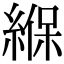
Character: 緥